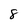
Character: 8